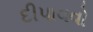
દીપાવવો